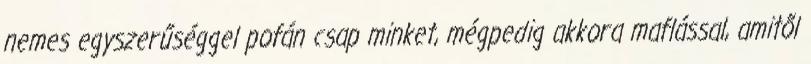
nemes egyszerűséggel pofán csap minket, mégpedig akkora maflással, amitől